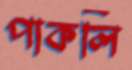
পাকলি